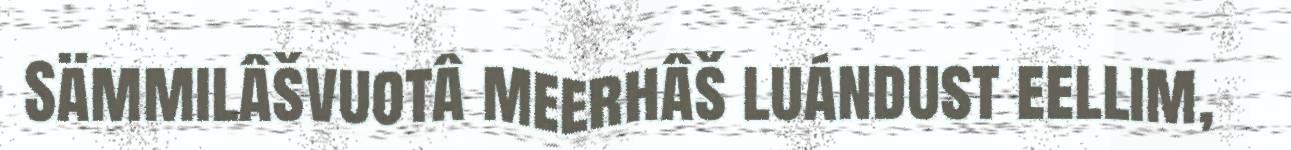
Sämmilâšvuotâ meerhâš luándust eellim,